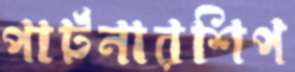
পার্টনারশিপ